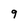
Character: 9